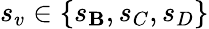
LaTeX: s_{v}\in\{ s_{\mathbf{B}},s_{C},s_{D}\}